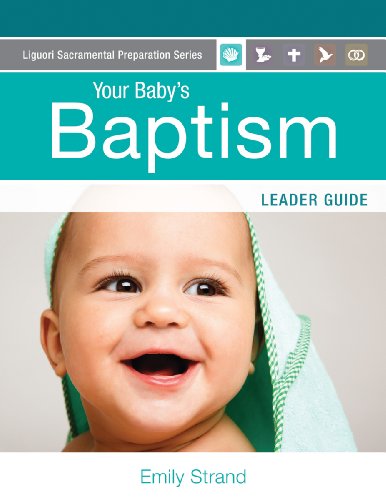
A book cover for Your Baby's Baptism: Leader Guide (Liguori Sacramental Preparation Series); Emily Strand; Christian Books & Bibles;